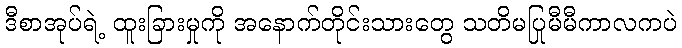
ဒီစာအုပ်ရဲ့ ထူးခြားမှုကို အနောက်တိုင်းသားတွေ သတိမပြုမီမီကာလကပဲ